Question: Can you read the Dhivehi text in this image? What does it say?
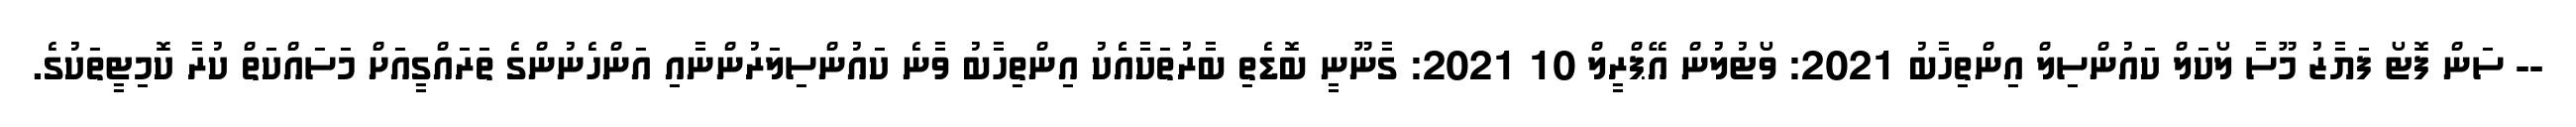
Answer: -- ސަން ފޮޓޯ ފަޔާޒު މޫސާ ލޯކަލް ކައުންސިލް އިންތިހާބު 2021: ވޯޓުލުން އޭޕްރީލް 10 2021: ގާނޫނީ ބޮޑެތި ބާރުތަކާއެެކު އިންތިހާބު ވާނެ ކައުންސިލަރުންނާއި އަންހެނުންގެ ތަރައްގީއަށް މަސައްކަތް ކުރާ ކޮމިޓީތަކުގެ.